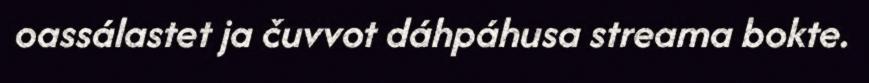
oassálastet ja čuvvot dáhpáhusa streama bokte.